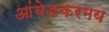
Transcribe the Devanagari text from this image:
आंबेडकरमय